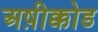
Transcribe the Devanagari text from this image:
अष़ीक्कोड